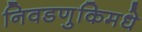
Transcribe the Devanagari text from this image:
निवडणुकिमधे